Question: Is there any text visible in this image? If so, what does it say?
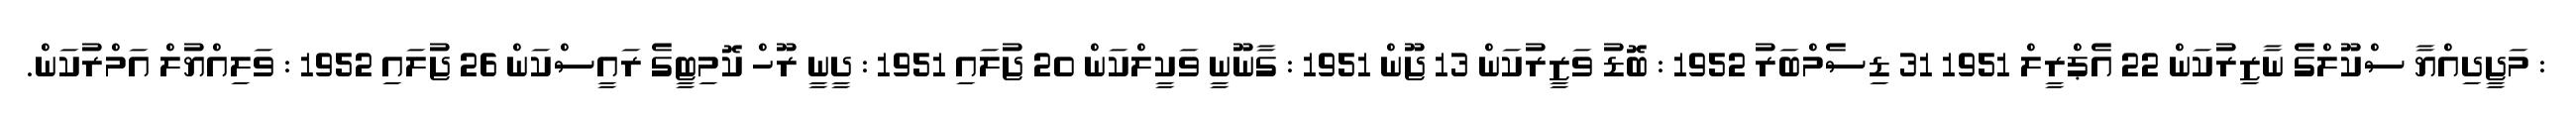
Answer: : މަޖީދިއްޔާ ސްކޫލްގެ ނާޒިރުކަން 22 އެޕްރީލް 1951 31 ޑިސެމްބަރު 1952 : ބޮޑު ވަޒީރުކަން 13 ޖޫން 1951 : ގާނޫނީ ވަކީލްކަން 20 ޖުލައި 1951 : ދީނީ ރޫހް ކޮމިޓީގެ ރައީސްކަން 26 ޖުލައި 1952 : ވަލިއްޔުލް އަމްރުކަން.